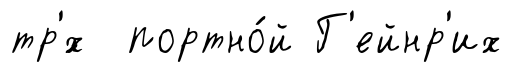
тр'́х портно́й Г'ейнр'их